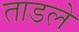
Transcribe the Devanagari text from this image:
ताडले